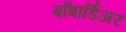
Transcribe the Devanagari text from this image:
बाँबार्डिअर